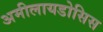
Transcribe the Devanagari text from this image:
अमीलायडोसिस